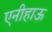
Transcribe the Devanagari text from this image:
एनीहाऊ